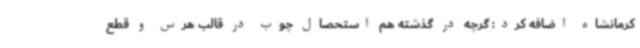
کرمانشاه اضافه کرد: گرچه در گذشته هم استحصال چوب در قالب هرس و قطع